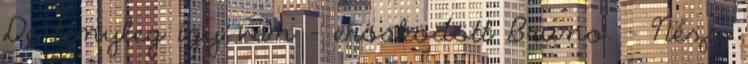
De tényleg így van – erősködött Bruno. – Nézz